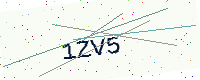
Text: 1ZV5